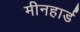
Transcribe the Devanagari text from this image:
मीनहार्ड